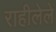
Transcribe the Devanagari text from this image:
राहीलेले